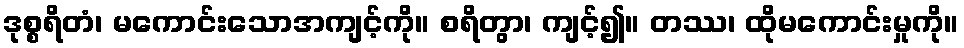
ဒုစ္စရိတံ၊ မကောင်းသောအကျင့်ကို။ စရိတွာ၊ ကျင့်၍။ တဿ၊ ထိုမကောင်းမှုကို။